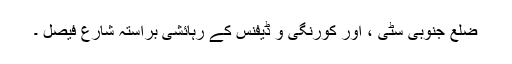
ضلع جنوبی سٹی ، اور کورنگی و ڈیفنس کے رہائشی براستہ شارع فیصل ۔